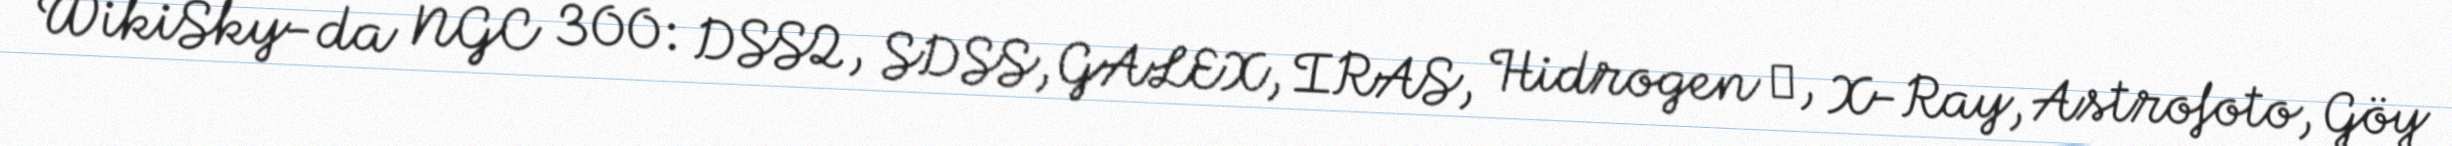
WikiSky-da NGC 300: DSS2, SDSS, GALEX, IRAS, Hidrogen α, X-Ray, Astrofoto, Göy